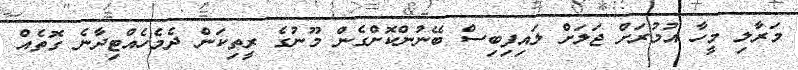
މަރާލި މީހާ އުމުރަށް ޖަލަށް ލައިފިބިސް ބޭނުންކޮށްގެން މޫނުގެ ރީތިކަން ދެމެހެއްޓިދާނެ ގޮތެއް